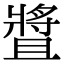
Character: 𤖛